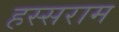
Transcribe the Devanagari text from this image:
हस्सराम